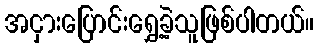
အငှားပြောင်းရွှေ့ခဲ့သူဖြစ်ပါတယ်။